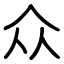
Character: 众